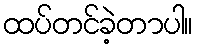
ထပ်တင်ခဲ့တာပါ။